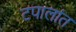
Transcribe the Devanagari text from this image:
टपालांत